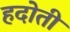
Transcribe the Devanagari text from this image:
हदोती